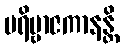
ပရိဗ္ဗာဇကာနန္တိ